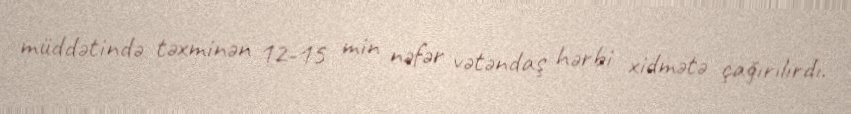
müddətində təxminən 12-15 min nəfər vətəndaş hərbi xidmətə çağırılırdı.